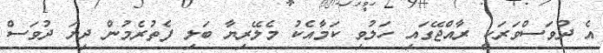
އެ ދުވަސްވަރަކީ ރާއްޖޭގައި ހަލުވި ކަމާއެކު މެލޭރިޔާ ބަލި ފެތުރެމުން ދިޔަ ދުވަސް